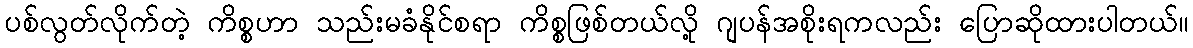
ပစ်လွတ်လိုက်တဲ့ ကိစ္စဟာ သည်းမခံနိုင်စရာ ကိစ္စဖြစ်တယ်လို့ ဂျပန်အစိုးရကလည်း ပြောဆိုထားပါတယ်။